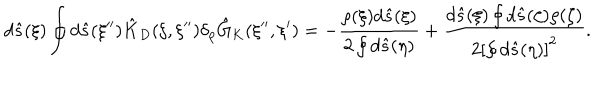
d \hat { s } ( \xi ) \oint { d } \hat { s } ( \xi ^ { \prime \prime } ) { \hat { K } _ { D } } ( \xi , \xi ^ { \prime \prime } ) { \delta _ { \rho } } { \hat { G } _ { K } } ( \xi ^ { \prime \prime } , \xi ^ { \prime } ) = - { \frac { \rho ( \xi ) d \hat { s } ( \xi ) } { 2 \oint { d } \hat { s } ( \eta ) } } + { \frac { d \hat { s } ( \xi ) \oint { d } \hat { s } ( \zeta ) \rho ( \zeta ) } { 2 { { \left[ \oint { d } \hat { s } ( \eta ) \right] } ^ { 2 } } } } .